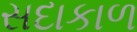
સદાકાળ